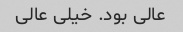
عالی بود. خیلی عالی